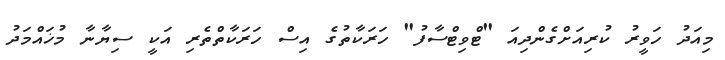
މިއަދު ހަވީރު ކުރިއަށްގެންދިއަ "ޓްވިޓްސާފު" ހަރަކާތުގެ އިސް ހަރަކާތްތެރި އަކީ ސިޔާނާ މުޚައްމަދު